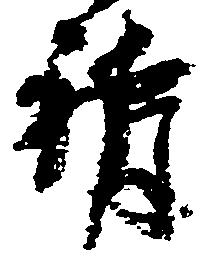
訴